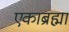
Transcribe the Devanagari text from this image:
एकाब्रह्मा